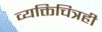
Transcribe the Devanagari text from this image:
व्यक्तिचित्रही